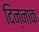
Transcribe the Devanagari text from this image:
दिन्नाक